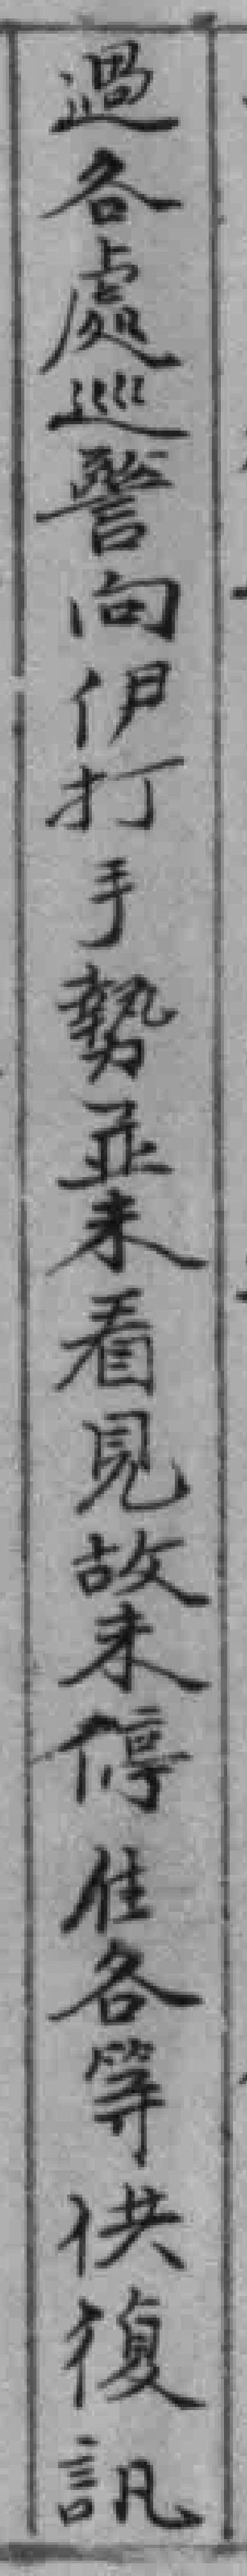
過各處巡警向伊打手勢並未看見故未停住各等供復訊